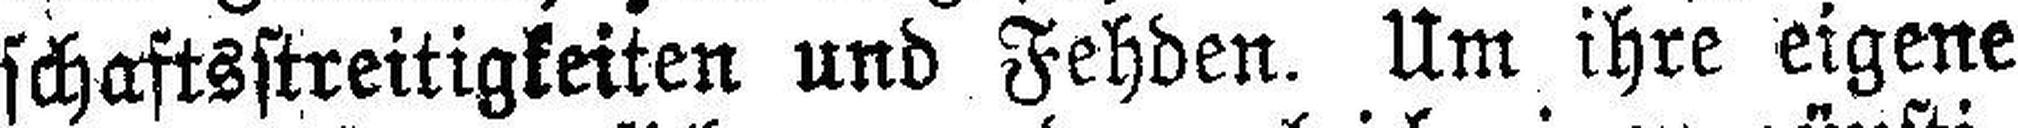
schaftsstreitigkeiten und Fehden. Um ihre eigene